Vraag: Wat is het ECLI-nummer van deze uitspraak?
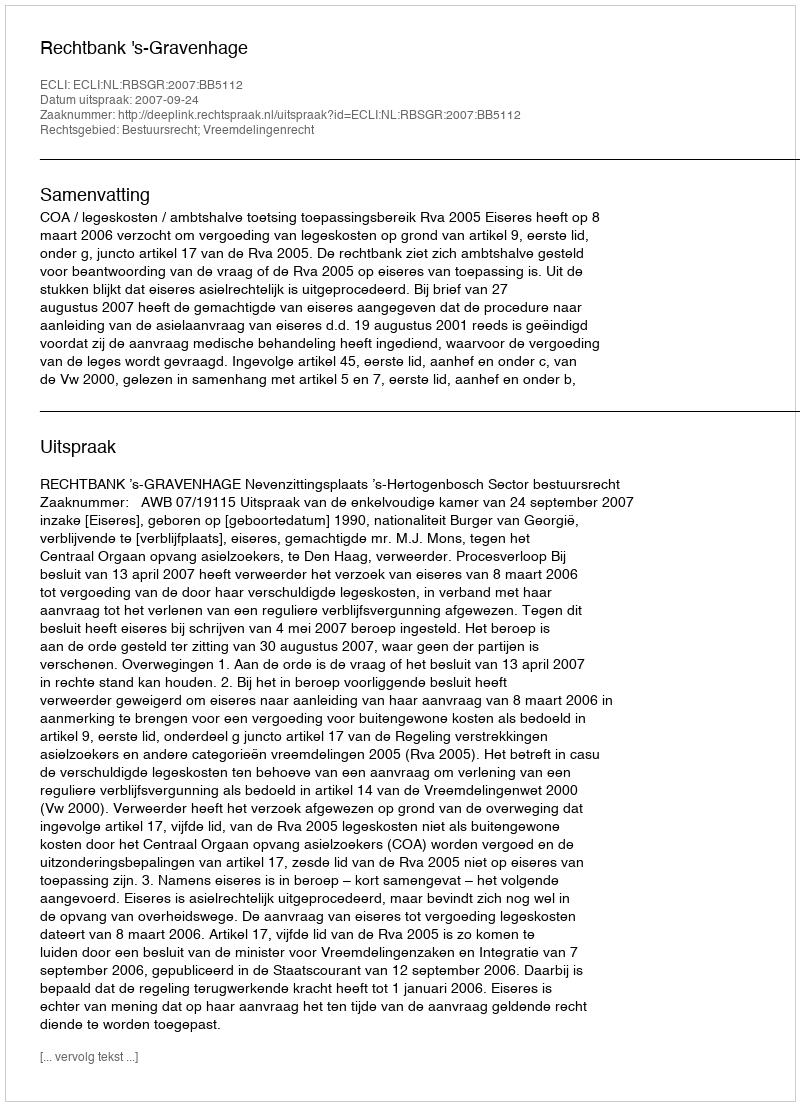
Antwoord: ECLI:NL:RBSGR:2007:BB5112